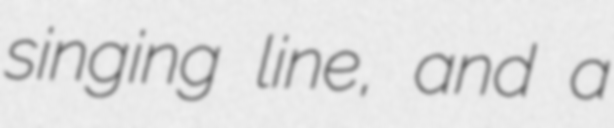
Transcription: singing line, and a